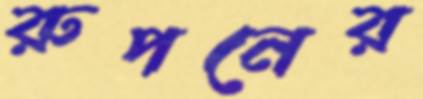
রুপনের